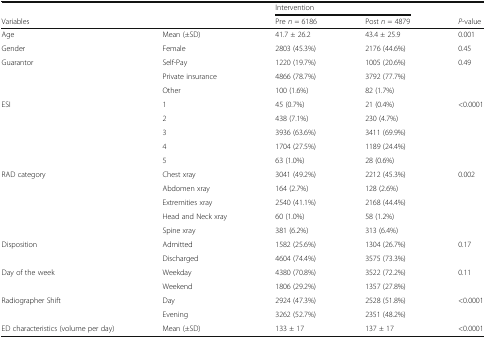
|  |  | <COLSPAN=2> Intervention |  |
 | Variables |  | Pre n = 6186 | Post n = 4879 | P-value |
 | --- | --- | --- | --- | --- |
 | Age | Mean (±SD) | 41.7 ± 26.2 | 43.4 ± 25.9 | 0.001 |
 | Gender | Female | 2803 (45.3%) | 2176 (44.6%) | 0.45 |
 | <ROWSPAN=3> Guarantor | Self-Pay | 1220 (19.7%) | 1005 (20.6%) | <ROWSPAN=3> 0.49 |
 | Private insurance | 4866 (78.7%) | 3792 (77.7%) |
 | Other | 100 (1.6%) | 82 (1.7%) |
 | <ROWSPAN=5> ESI | 1 | 45 (0.7%) | 21 (0.4%) | <ROWSPAN=5> <0.0001 |
 | 2 | 438 (7.1%) | 230 (4.7%) |
 | 3 | 3936 (63.6%) | 3411 (69.9%) |
 | 4 | 1704 (27.5%) | 1189 (24.4%) |
 | 5 | 63 (1.0%) | 28 (0.6%) |
 | <ROWSPAN=5> RAD category | Chest xray | 3041 (49.2%) | 2212 (45.3%) | <ROWSPAN=5> 0.002 |
 | Abdomen xray | 164 (2.7%) | 128 (2.6%) |
 | Extremities xray | 2540 (41.1%) | 2168 (44.4%) |
 | Head and Neck xray | 60 (1.0%) | 58 (1.2%) |
 | Spine xray | 381 (6.2%) | 313 (6.4%) |
 | <ROWSPAN=2> Disposition | Admitted | 1582 (25.6%) | 1304 (26.7%) | <ROWSPAN=2> 0.17 |
 | Discharged | 4604 (74.4%) | 3575 (73.3%) |
 | <ROWSPAN=2> Day of the week | Weekday | 4380 (70.8%) | 3522 (72.2%) | <ROWSPAN=2> 0.11 |
 | Weekend | 1806 (29.2%) | 1357 (27.8%) |
 | <ROWSPAN=2> Radiographer Shift | Day | 2924 (47.3%) | 2528 (51.8%) | <ROWSPAN=2> <0.0001 |
 | Evening | 3262 (52.7%) | 2351 (48.2%) |
 | ED characteristics (volume per day) | Mean (±SD) | 133 ± 17 | 137 ± 17 | <0.0001 |